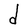
Character: d